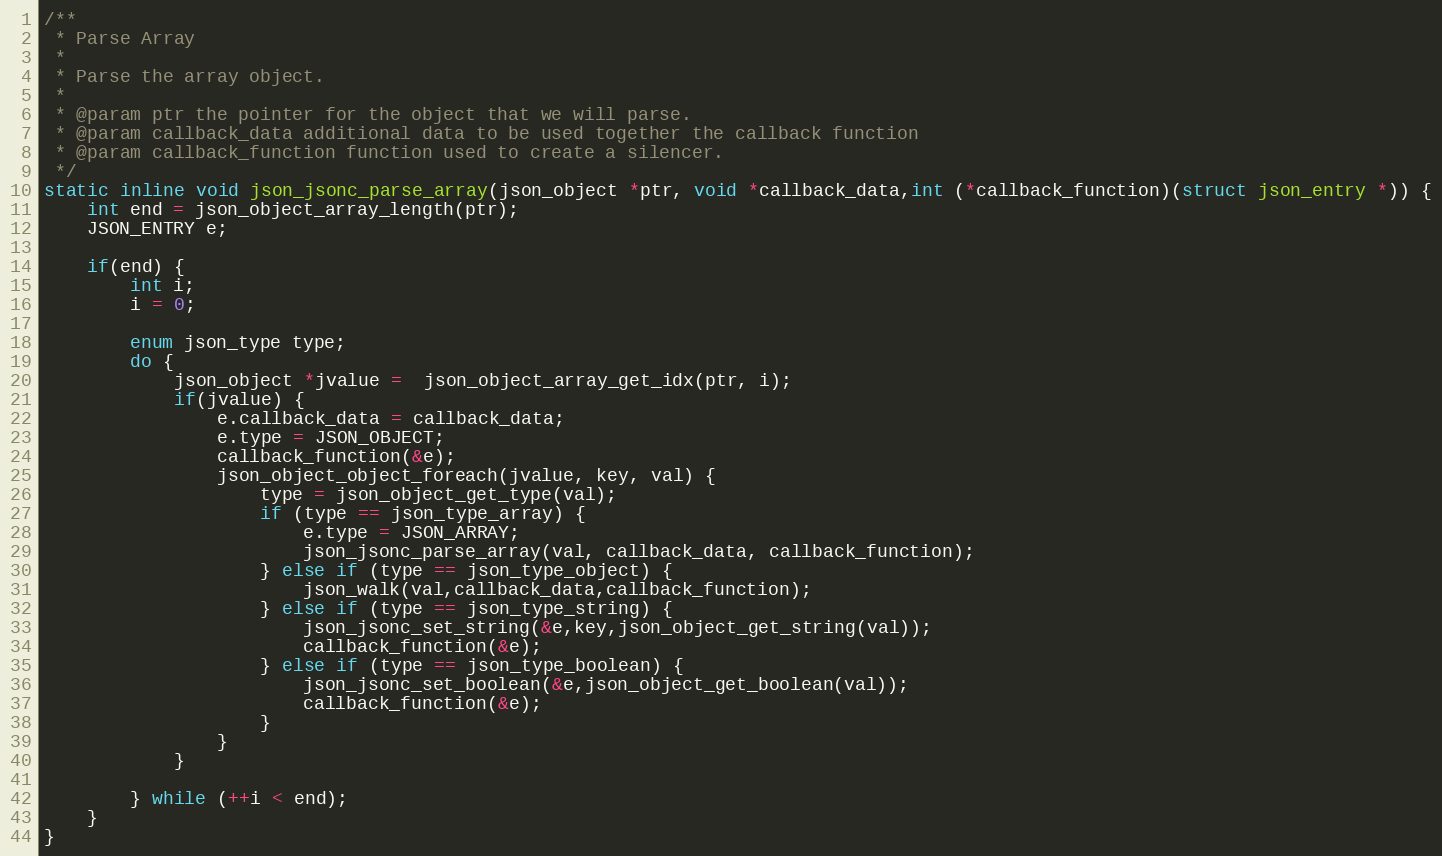
Language: C
/**
 * Parse Array
 *
 * Parse the array object.
 *
 * @param ptr the pointer for the object that we will parse.
 * @param callback_data additional data to be used together the callback function
 * @param callback_function function used to create a silencer.
 */
static inline void json_jsonc_parse_array(json_object *ptr, void *callback_data,int (*callback_function)(struct json_entry *)) {
    int end = json_object_array_length(ptr);
    JSON_ENTRY e;

    if(end) {
        int i;
        i = 0;

        enum json_type type;
        do {
            json_object *jvalue =  json_object_array_get_idx(ptr, i);
            if(jvalue) {
                e.callback_data = callback_data;
                e.type = JSON_OBJECT;
                callback_function(&e);
                json_object_object_foreach(jvalue, key, val) {
                    type = json_object_get_type(val);
                    if (type == json_type_array) {
                        e.type = JSON_ARRAY;
                        json_jsonc_parse_array(val, callback_data, callback_function);
                    } else if (type == json_type_object) {
                        json_walk(val,callback_data,callback_function);
                    } else if (type == json_type_string) {
                        json_jsonc_set_string(&e,key,json_object_get_string(val));
                        callback_function(&e);
                    } else if (type == json_type_boolean) {
                        json_jsonc_set_boolean(&e,json_object_get_boolean(val));
                        callback_function(&e);
                    }
                }
            }

        } while (++i < end);
    }
}